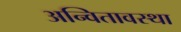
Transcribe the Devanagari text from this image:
अन्वितावस्था